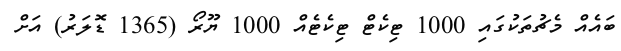
ބައެއް މެޗުތަކުގައި 1000 ޓިކެޓް ޓިކެޓެއް 1000 ޔޫރޯ (1365 ޑޮލަރު) އަށް